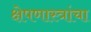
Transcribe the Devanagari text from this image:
क्षेपणास्त्रांचा